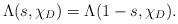
LaTeX: \begin{align*}\Lambda(s,\chi_D) =\Lambda(1-s,\chi_D). \end{align*}